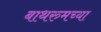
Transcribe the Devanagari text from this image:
बाथरुमच्‍या